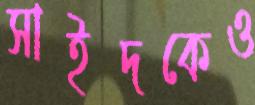
সাইদকেও